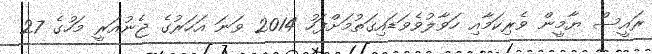
ރައީސް ޔާމީން ވެރިކަމާއި ހަވާލުވެވަޑައިގަތުމަށްފަހު 2014 ވަނަ އަހަރުގެ ޖެނުއަރީ މަހުގެ 27